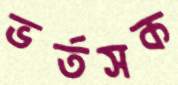
ভর্তসক